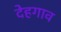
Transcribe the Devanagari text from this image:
देहगाव